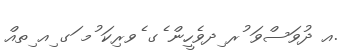
.އ ދުވަސްވަ ުރ ިދވެހީން ެގ ެވރިކަ ުމ ަގ ިއ ިތއް